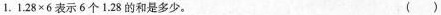
⒈.$$ 1.28×6$$表示6个1.28的和是多少。( )